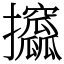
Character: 攨